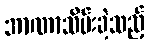
အာဏာသိမ်းခဲ့သည့်